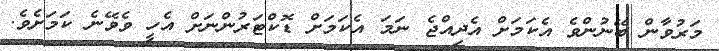
މަރުވާން ބޭނުންވެ އެކަމަށް އެދިއްޖެ ނަމަ އެކަމަށް ޑޮކްޓަރުންނަށް އެހީ ވެވޭނެ ކަމަށެވެ.